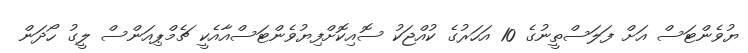
ޔުވެންޓަސް އަށް ފަލަސްތީނުގެ 10 އަހަރުގެ ކުއްޖަކު ސޮއިކޮށްފިޔުވެންޓަސްއާއެކީ ޗެމްޕިއަންސް ލީގު ހޯދަން